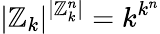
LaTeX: |\mathbb{Z}_{k}|^{|\mathbb{Z}_{k}^{n}|}=k^{k^{n}}